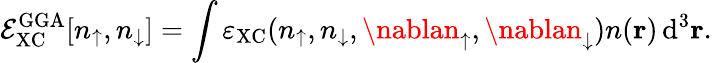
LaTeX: \mathcal{E}_{\mathrm{{XC}}}^{\mathrm{{GGA}}}[n_{\uparrow},n_{\downarrow}]=\int\varepsilon_{\mathrm{{XC}}}(n_{\uparrow},n_{\downarrow},\nablan_{\uparrow},\nablan_{\downarrow})n(\mathbf{{r}})\, \mathrm{{d}}^{3}\mathbf{{r}}.